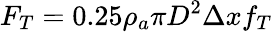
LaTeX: F_{T}=0.25\rho_{a}\pi D^{2}\Delta xf_{T}